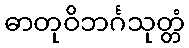
ဓာတုဝိဘင်္ဂသုတ္တံ